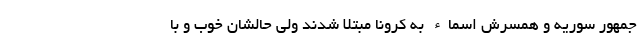
جمهور سوریه و همسرش اسماء به کرونا مبتلا شدند ولی حالشان خوب و با